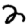
Digit: 2